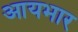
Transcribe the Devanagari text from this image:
आयभार